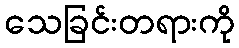
သေခြင်းတရားကို